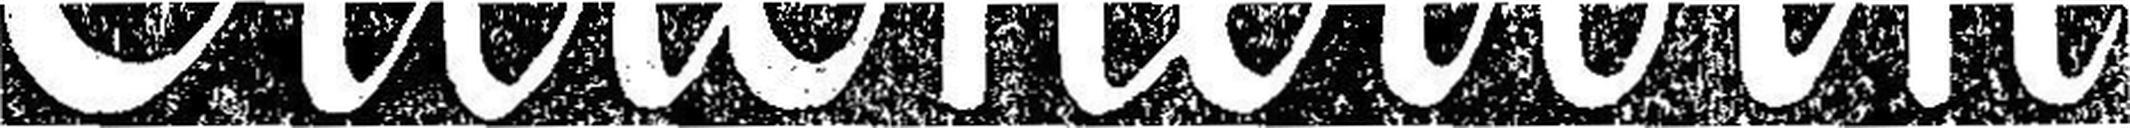
Citronervin